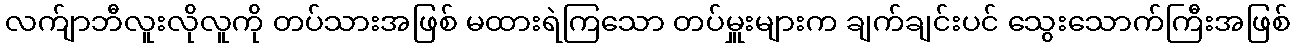
လက်ျာဘီလူးလိုလူကို တပ်သားအဖြစ် မထားရဲကြသော တပ်မှူးများက ချက်ချင်းပင် သွေးသောက်ကြီးအဖြစ်